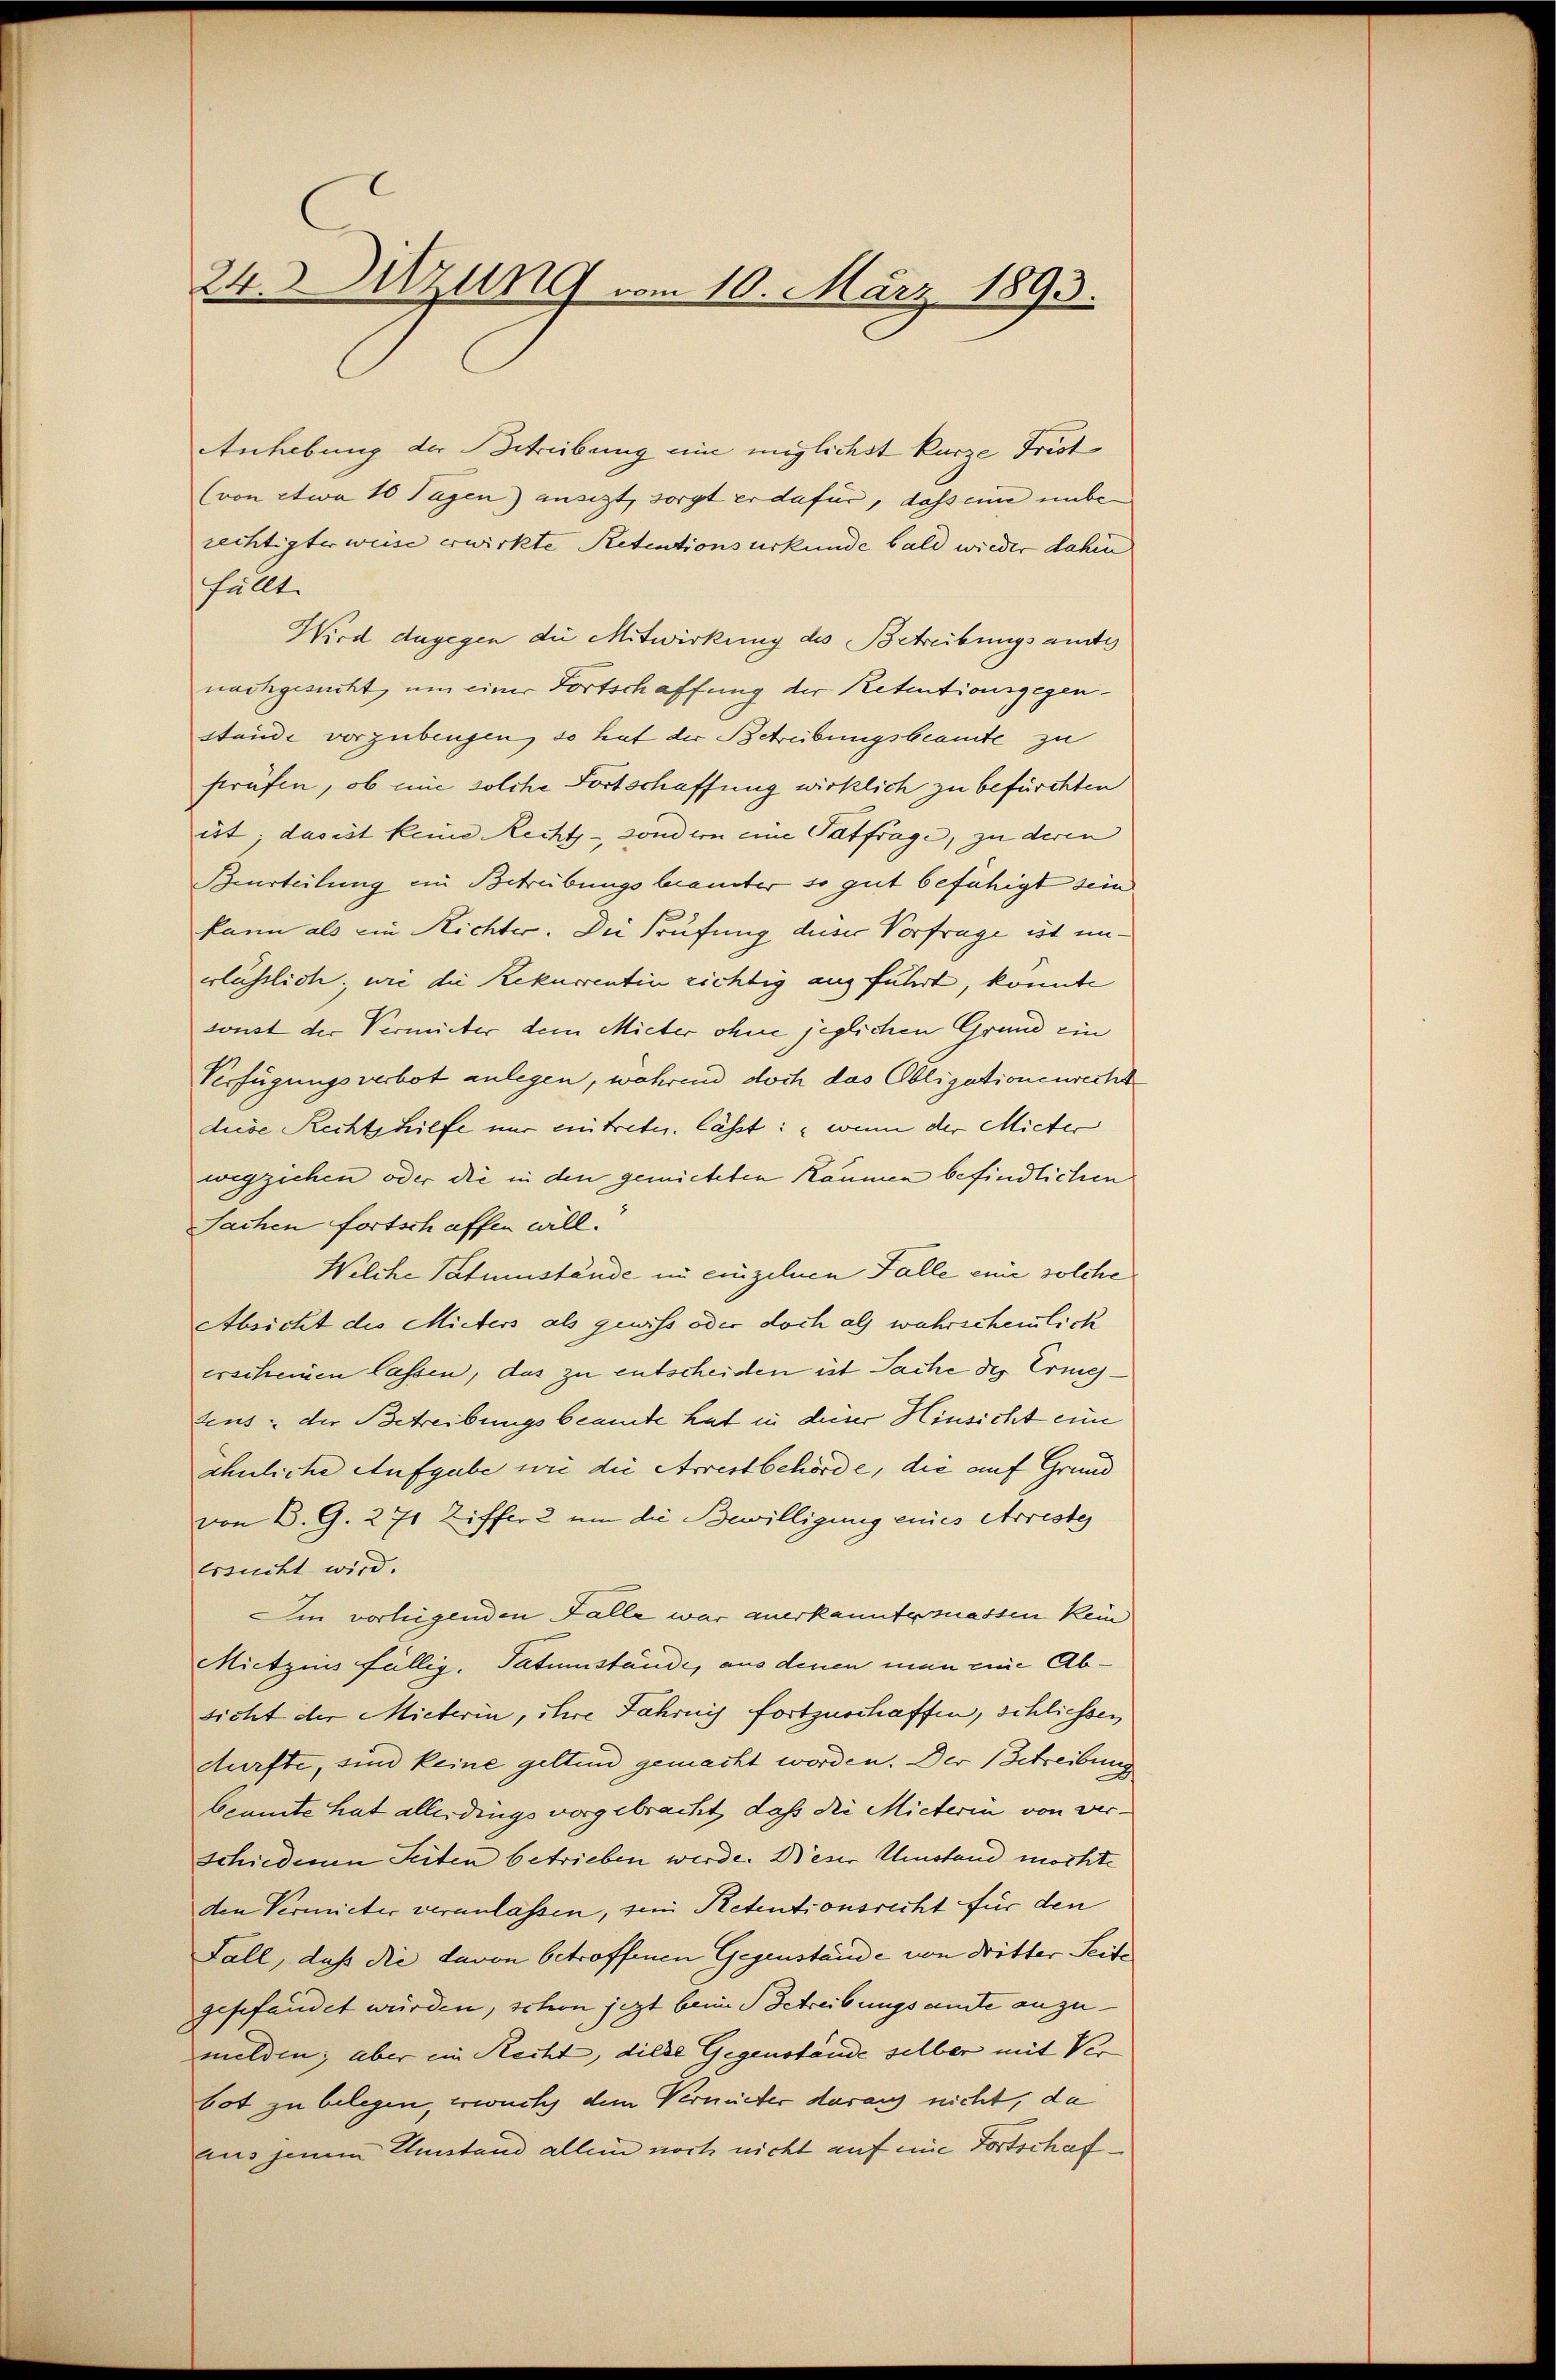
24. Sitzung vom 10. März 1893.

Anhebung der Betreibung eine möglichst kurze Frist
(von etwa 10 Tagen) ansigt, sorgt er dafür, dass eine unbe-
rechtigter weise erwirkte Retentionsurkunde bald wieder dahin
fällt.
Wird dagegen die Mitwirkung des Betreibungsamts
nachgesucht, um einer Fortschaffung der Retentionsgegenstände vorzubeugen, so hat der Betreibungsbeamte zu
sträfen, ob mir solche Fortschaffung wirklich zu befürchten
ist; das ist keine Rechts- sondern eine Patfrage, zu deren
Beurteilung ein Betreibungsbeanster so gut befähigt sein
kann als ein Richter. Die Prüfung dieser Vorfrage ist unerlässlich, wie die Rekurrentin richtig ausführt, konnte
sonst der Vermieter dem Mieter ohne jeglichen Grund ein
Verfügungsverbot anlegen, während doch das Obligationenrecht
diese Rechtshilfe nur eintretu. lässt: „wenn der Mieter
wegziehen oder die in den gemieteten Räumen befindlichen
Sachen fortschaffen will.
Welche Patumstände in einzelnen Falle eine solche
Absicht des Mitters als gewiss oder doch als wahrscheinlich
erscheinen lassen, das zu entscheiden ist Sache des Ermestens der Betreibungsbeamte hat in deiner Hinsicht eine
ähnliche Aufgabe wie die Arrestbehörde, die auf Grund
von B. G. 271 Ziffer 2 um die Bewilligung eines Arreste
ersucht wird.
Iin vorliegenden Falle war anerkanntermassen kein
Mietzins fällig. Satumstände, aus denen man eine Absicht der Mieterin, ihre Jahrnis fortzuschaffen, schliessen
durfte, sind keine gelten gemacht worden. Der Betreibung
beamte hat allerdings vorgebracht, daß die Mieterin von verschiedenen Seiten betrieben werde. Dieser Umstand möchte
den Vermieter veranlassen, von Retentionsrecht für den
Fall, daß die davon betroffenen Gegenstände von Witter Seite
gefefandet würden, schon jezt beim Betreibungsamte anzumelden; aber ein Recht, diese Gegenstände selber mit Ver
bot zu belegen, erwuchs dem Vermutter darauf nicht, da
aus jenem Umstand allein noch nicht auf eine Fortschaf¬